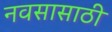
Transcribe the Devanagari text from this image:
नवसासाठी